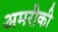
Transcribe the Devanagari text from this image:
अमरीकी